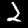
Digit: 2